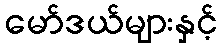
မော်ဒယ်များနှင့်